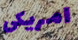
امريكى